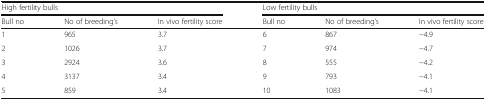
| <COLSPAN=3> High fertility bulls | <COLSPAN=3> Low fertility bulls |
 | Bull no | No of breeding’s | In vivo fertility score | Bull no | No of breeding’s | In vivo fertility score |
 | --- | --- | --- | --- | --- | --- |
 | 1 | 965 | 3.7 | 6 | 867 | −4.9 |
 | 2 | 1026 | 3.7 | 7 | 974 | −4.7 |
 | 3 | 2924 | 3.6 | 8 | 555 | −4.2 |
 | 4 | 3137 | 3.4 | 9 | 793 | −4.1 |
 | 5 | 859 | 3.4 | 10 | 1083 | −4.1 |